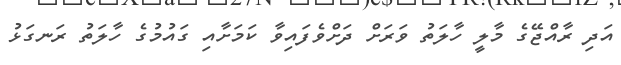
އަދި ރާއްޖޭގެ މާލީ ހާލަތު ވަރަށް ދަށްވެފައިވާ ކަމަށާއި ގައުމުގެ ހާލަތު ރަނގަޅު